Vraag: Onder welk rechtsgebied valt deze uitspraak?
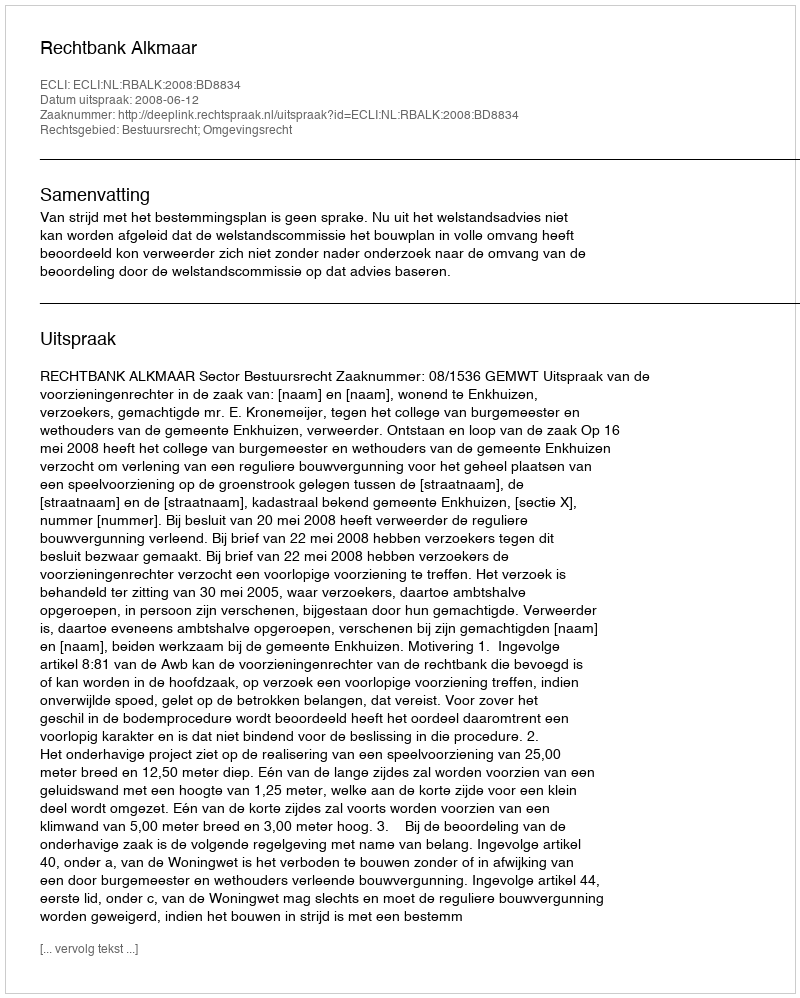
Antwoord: Bestuursrecht; Omgevingsrecht